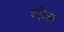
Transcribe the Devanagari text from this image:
शोस